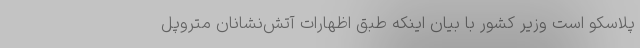
پلاسکو است وزیر کشور با بیان اینکه طبق اظهارات آتش‌نشانان متروپل